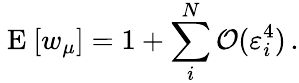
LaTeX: \mathrm{~E~}[w_{\mu}]=1+\sum_{i}^{N}\mathcal{O}(\varepsilon_{i}^{4})\, .